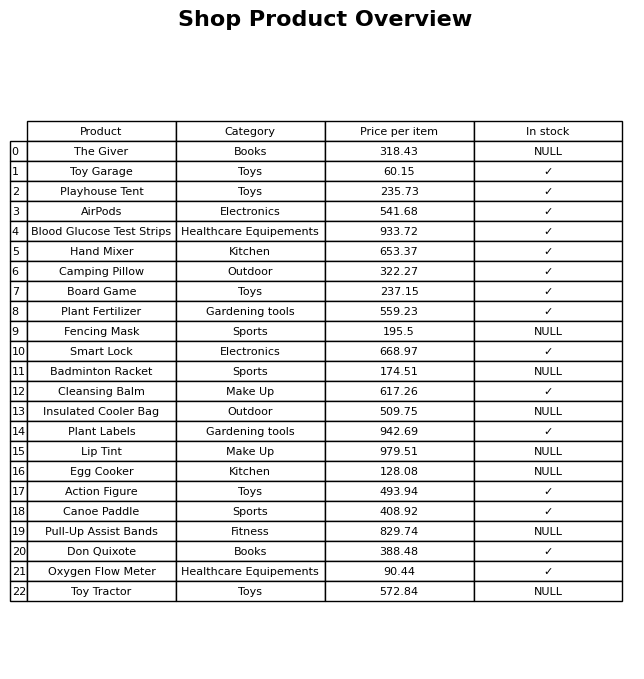
question: What is the price of the Plant Labels?
answer: The price of Plant Labels is 942.69.